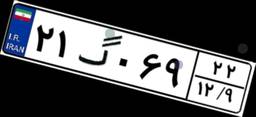
۲۱گ۰۶۹۲۲